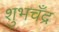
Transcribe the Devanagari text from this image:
शुभचँद्र